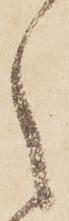
之